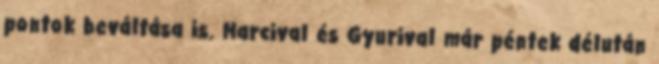
pontok beváltása is. Marcival és Gyurival már péntek délután